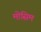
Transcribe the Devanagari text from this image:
मोसिम